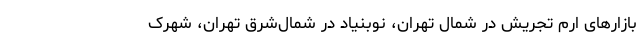
بازارهای ارم تجریش در شمال تهران، نوبنیاد در شمال‌شرق تهران، شهرک